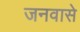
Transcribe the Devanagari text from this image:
जनवासे